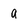
Character: a